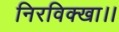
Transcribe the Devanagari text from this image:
निरविक्खा।।